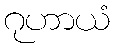
ဂုဟာယံ